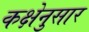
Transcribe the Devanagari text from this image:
कक्षेनुसार